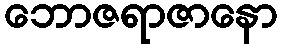
ဘောဇရာဇာနော